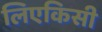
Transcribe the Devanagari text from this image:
लिएकिसी